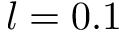
l = 0 . 1